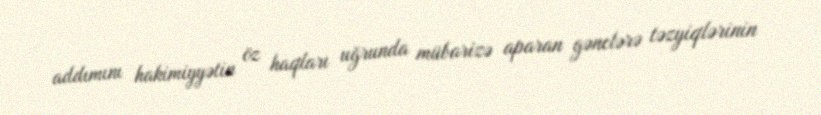
addımını hakimiyyətin öz haqları uğrunda mübarizə aparan gənclərə təzyiqlərinin